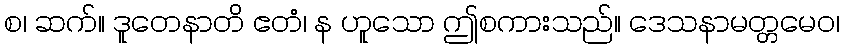
စ၊ ဆက်။ ဒူတေနာတိ ဧတံ၊ န ဟူသော ဤစကားသည်။ ဒေသနာမတ္တမေဝ၊